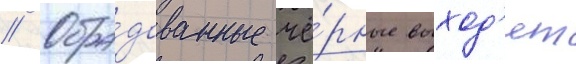
// Обра́дованные чё́рные выход'ят